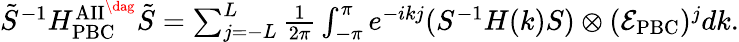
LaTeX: \begin{array}{r}{\tilde{S}^{-1}H_{\mathrm{PBC}}^{\mathrm{AII}^{\dag}}\tilde{S}=\sum_{j=-L}^{L}\frac{1}{2\pi}\int_{-\pi}^{\pi}e^{-ikj}(S^{-1}H(k)S)\otimes(\mathcal{E}_{\mathrm{PBC}})^{j}dk.}\end{array}